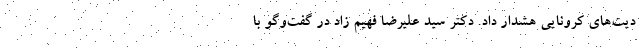
دیت‌های کرونایی هشدار داد. دکتر سید علیرضا فهیم زاد در گفت‌وگو با